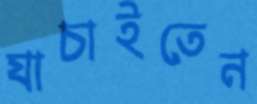
যাচাইতেন